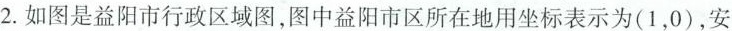
2.如图是益阳市行政区域图，图中益阳市区所在地用坐标表示为(1，0)，安